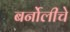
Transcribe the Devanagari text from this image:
बर्नोलीचे